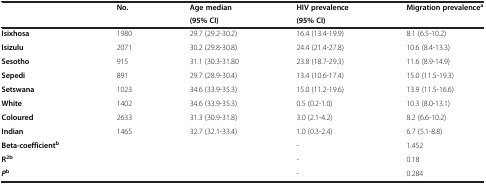
|  | No. | Age median(95% CI) | HIV prevalence(95% CI) | Migration prevalencea |
 | --- | --- | --- | --- | --- |
 | Isixhosa | 1980 | 29.7 (29.2-30.2) | 16.4 (13.4-19.9) | 8.1 (6.5-10.2) |
 | Isizulu | 2071 | 30.2 (29.8-30.8) | 24.4 (21.4-27.8) | 10.6 (8.4-13.3) |
 | Sesotho | 915 | 31.1 (30.3-31.80 | 23.8 (18.7-29.3) | 11.6 (8.9-14.9) |
 | Sepedi | 891 | 29.7 (28.9-30.4) | 13.4 (10.6-17.4) | 15.0 (11.5-19.3) |
 | Setswana | 1023 | 34.6 (33.9-35.3) | 15.0 (11.2-19.6) | 13.9 (11.5-16.6) |
 | White | 1402 | 34.6 (33.9-35.3) | 0.5 (0.2-1.0) | 10.3 (8.0-13.1) |
 | Coloured | 2633 | 31.3 (30.9-31.8) | 3.0 (2.1-4.2) | 8.2 (6.6-10.2) |
 | Indian | 1465 | 32.7 (32.1-33.4) | 1.0 (0.3-2.4) | 6.7 (5.1-8.8) |
 | Beta-coefficientb |  |  | - | 1.452 |
 | R2b |  |  | - | 0.18 |
 | Pb |  |  | - | 0.284 |